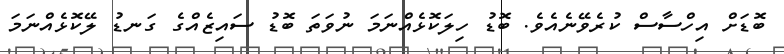
ބޮޑަށް އިހްސާސް ކުރެވޭނެއެވެ. ބޮޑު ހިލަކޮޅެއްނަމަ ނުވަތަ ބޮޑު ސައިޒެއްގެ ގަނޑު ލޭކޮޅެއްނަމަ